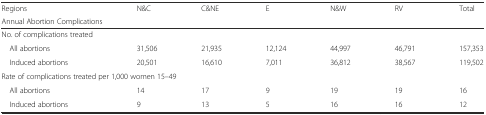
<table><thead><tr><td><b>Regions</b></td><td><b>N&amp;C</b></td><td><b>C&amp;NE</b></td><td><b>E</b></td><td><b>N&amp;W</b></td><td><b>RV</b></td><td><b>Total</b></td></tr><tr><td colspan="7"><b>Annual Abortion Complications</b></td></tr></thead><tbody><tr><td>No. of complications treated</td><td></td><td></td><td></td><td></td><td></td><td></td></tr><tr><td> All abortions</td><td>31,506</td><td>21,935</td><td>12,124</td><td>44,997</td><td>46,791</td><td>157,353</td></tr><tr><td> Induced abortions</td><td>20,501</td><td>16,610</td><td>7,011</td><td>36,812</td><td>38,567</td><td>119,502</td></tr><tr><td colspan="7">Rate of complications treated per 1,000 women 15–49</td></tr><tr><td> All abortions</td><td>14</td><td>17</td><td>9</td><td>19</td><td>19</td><td>16</td></tr><tr><td> Induced abortions</td><td>9</td><td>13</td><td>5</td><td>16</td><td>16</td><td>12</td></tr></tbody></table>